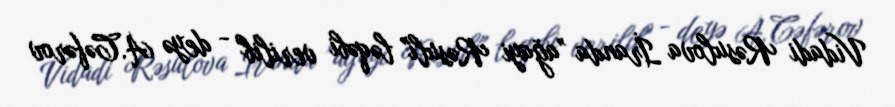
Vidadi Rəsulova İranda ”ağayi Rəsuli" ləqəbi verilib" - deyə A.Cəfərov